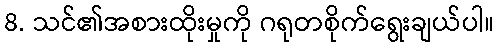
8. သင်၏အစားထိုးမှုကို ဂရုတစိုက်ရွေးချယ်ပါ။